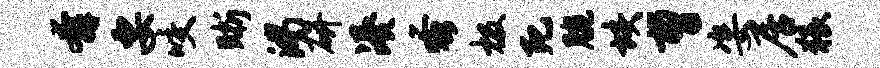
奔要咬晰渴研凑蚤极死腕垓曹姿居猥